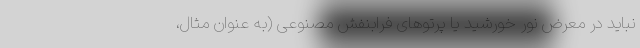
نباید در معرض نور خورشید یا پرتوهای فرابنفش مصنوعی (به عنوان مثال،